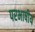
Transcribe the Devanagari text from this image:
परभाषीय